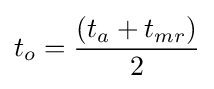
t_{o}={\frac {(t_{a}+t_{mr})}{2}}